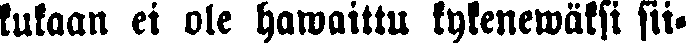
kukaan ei ole hawaittu kykenewäksi sii-